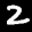
Label: 2